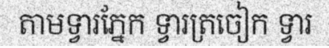
តាមទ្វារភ្នែក ទ្វារត្រចៀក ទ្វារ